Annual vaccination report of Bihar and Orissa - 1911-1928
Year: 1911
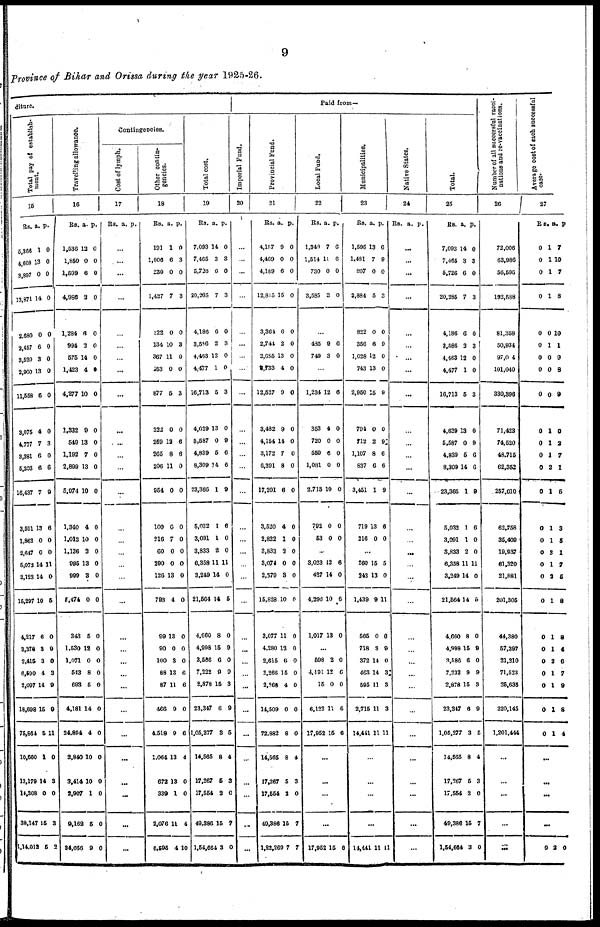
9
Province of Bihar and Orissa during the year 1925-26.
diture.
Total pay of establish-
ment.
15
Rs.
5,366
4,608
3,897
13,871
2,680
2,467
3,520
2,900
11,558
3,075
4,777
3,381
5,203
16,437
3,591
1,863
2,647
5,072
2,123
15,297
4,217
3,378
2,416
6,590
2,097
18,698
75,864
10,660
13,179
14,308
38,147
1,14,012
a.
1
13
0
14
0
6
3
13
6
4
7
6
6
7
13
0
0
14
14
10
6
3
3
4
14
15
5
1
14
0
15
5
P.
0
0
0
0
0
0
0
0
0
0
3
0
6
9
6
0
0
11
0
5
0
9
0
3
9
9
11
0
3
0
3
2
Travelling allowance.
16
Rs.
1,536
1,850
1,599
4,986
1,284
994
575
1,423
4,277
1,332
549
1,192
2,899
5,974
1,340
1,012
1,126
995
999
5,474
343
1,530
1,071
543
693
4,181
24,894
3,840
3,414
2,907
9,162
34,056
a.
12
0
6
2
6
3
14
4
10
9
13
7
13
10
4
10
2
13
3
0
5
18
0
8
5
14
4
10
10
1
5
9
P.
0
0
0
0
0
0
0
0
0
0
0
0
0
0
0
0
0
0
0
0
0
0
0
0
0
0
0
0
0
0
0
0
Contingencies.
Cost of lymph.
17
Rs. a. P.
...
...
...
...
...
...
...
...
...
...
...
...
...
...
...
...
...
...
...
...
...
...
...
...
...
...
...
...
...
...
...
...
Other contin-
gencies.
18
Rs.
191
1,006
230
1,427
322
134
367
453
877
222
259
265
206
954
100
216
60
290
126
793
99
90
100
88
87
468
4,518
1,064
672
339
2,076
6,595
a
1
6
0
7
0
10
11
0
5
0
12
8
11
0
0
7
0
0
13
4
13
0
3
13
11
9
9
13
13
1
11
4
P.
0
3
0
3
0
3
0
0
3
0
6
6
0
0
0
0
0
0
0
0
0
0
0
6
6
0
6
4
0
0
4
10
Total cost.
19
Rs.
7,093
7,465
5,726
20,265
4,186
3,586
4,463
4,477
16,713
4,629
5,587
4,839
8,309
23,366
5,032
3,091
3,833
6,358
3,249
21,564
4,660
4,998
3,586
7,222
2,878
23,347
1,05,277
14,565
17,267
17,554
49,386
1,54,664
a.
14
3
0
7
6
2
12
1
5
13
0
5
14
1
1
1
2
11
14
14
8
15
6
9
15
6
3
8
5
2
15
3
P.
0
3
0
3
0
3
0
0
3
0
9
6
6
9
6
0
0
11
0
5
0
9
0
9
3
9
5
4
3
0
7
0
Paid from—
Imperial Fund.
20
...
...
...
...
...
...
...
...
...
...
...
...
...
...
...
...
...
...
...
...
...
...
...
...
...
...
...
...
...
...
...
...
Provincial Fund.
21
Rs.
4,157
4,469
4,189
12,815
3,364
2,744
2,685
2,733
12,527
3,482
4,154
3,172
6,391
17,201
3,520
2,822
3,833
3,074
2,579
15,828
3,077
4,280
2,615
2,266
2,168
14,509
72,882
14,565
17,267
17,554
49,386
1,22,260
a.
9
0
6
15
6
2
13
4
9
9
14
7
8
6
4
1
3
0
3
10
11
12
6
15
4
0
8
8
5
3
15
7
P.
0
0
0
0
0
0
0
0
0
0
0
0
0
0
0
0
0
0
0
0
0
0
0
0
0
0
0
4
3
0
7
7
Local Fund.
22
Rs.
1,349
1,514
730
3,585
a.
7
11
0
3
P.
6
6
0
0
...
485
749
9
3
6
0
...
1,234
353
720
559
1,081
2,713
792
53
12
4
0
6
0
10
0
0
6
0
0
0
0
0
0
0
...
3,023
487
4,396
1,017
12
14
10
13
6
0
6
0
...
598
4,491
15
6,122
17,952
2
12
0
11
15
0
6
0
6
6
...
...
...
...
17,952 15 6
Municipalities.
23
Rs.
1,595
1,481
807
3,884
822
356
1,028
743
2,950
794
712
1,107
837
3,461
719
216
a.
13
7
0
5
0
6
12
13
15
0
2
8
6
1
13
0
P.
6
9
0
3
0
9
0
0
9
0
90
6
6
9
6
0
...
260
242
1,439
565
718
372
463
595
2,716
14,441
15
13
9
0
3
14
14
11
11
11
5
0
11
0
9
0
3
3
3
11
...
...
...
...
14,441 11 11
Native States.
24
Rs. a. P.
...
...
...
...
...
...
...
...
...
...
...
...
...
...
...
...
...
...
...
...
...
...
...
...
...
...
...
...
...
...
...
...
Total.
25
Rs.
7,093
7,465
5,726
20,285
4,186
3,586
4,463
4,477
16,713
4,629
5,587
4,839
8,309
23,366
5,032
3,091
3,833
6,358
3,249
21,564
4,660
4,998
3,580
7,232
2,878
23,347
1,05,277
14,565
17,267
17,554
49,386
1,54,664
a.
14
3
6
7
6
2
12
1
5
13
0
5
14
1
1
1
2
11
14
14
8
15
6
9
15
6
3
8
5
2
15
3
P.
0
3
0
3
0
3
0
0
3
0
9
6
6
9
6
0
0
11
0
5
0
9
0
9
3
9
5
4
3
0
7
0
Number of all successful vacci-
nations and re-vaccinations.
26
72,006
63,986
56,596
192,588
81,358
50,934
97,004
101,040
330,396
71,423
74,520
48,715
62,352
257,010
62,758
35,409
19,937
61,320
21,881
201,305
44,380
57,397
21,210
71,523
25,636
220,145
1,201,444
...
...
...
...
...
Average cost of each successful
case.
27
Rs.
0
0
0
0
0
0
0
0
0
0
0
0
0
0
0
0
0
0
0
0
0
0
0
0
0
0
0
a.
1
1
1
1
0
1
0
0
0
1
1
1
2
1
1
1
3
1
2
1
1
1
2
1
1
1
1
P.
7
10
7
8
10
1
9
8
9
0
2
7
1
5
3
5
1
7
5
8
8
4
6
7
9
8
4
...
...
...
...
0 2 0